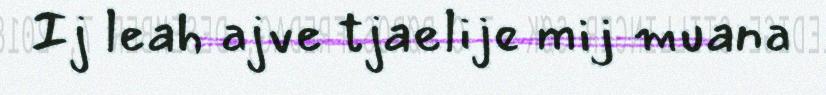
Ij leah ajve tjaelije mij muana